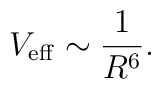
V_{\rm eff}\sim{1\over R^6}.